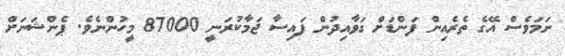
ނަމަވެސް އޭގެ ތެރެއިން ފަންޑަށް ގަވާއިދުން ފައިސާ ޖަމާކުރަނީ 87000 މީހުންނެވެ. ޕެންޝަނަށް